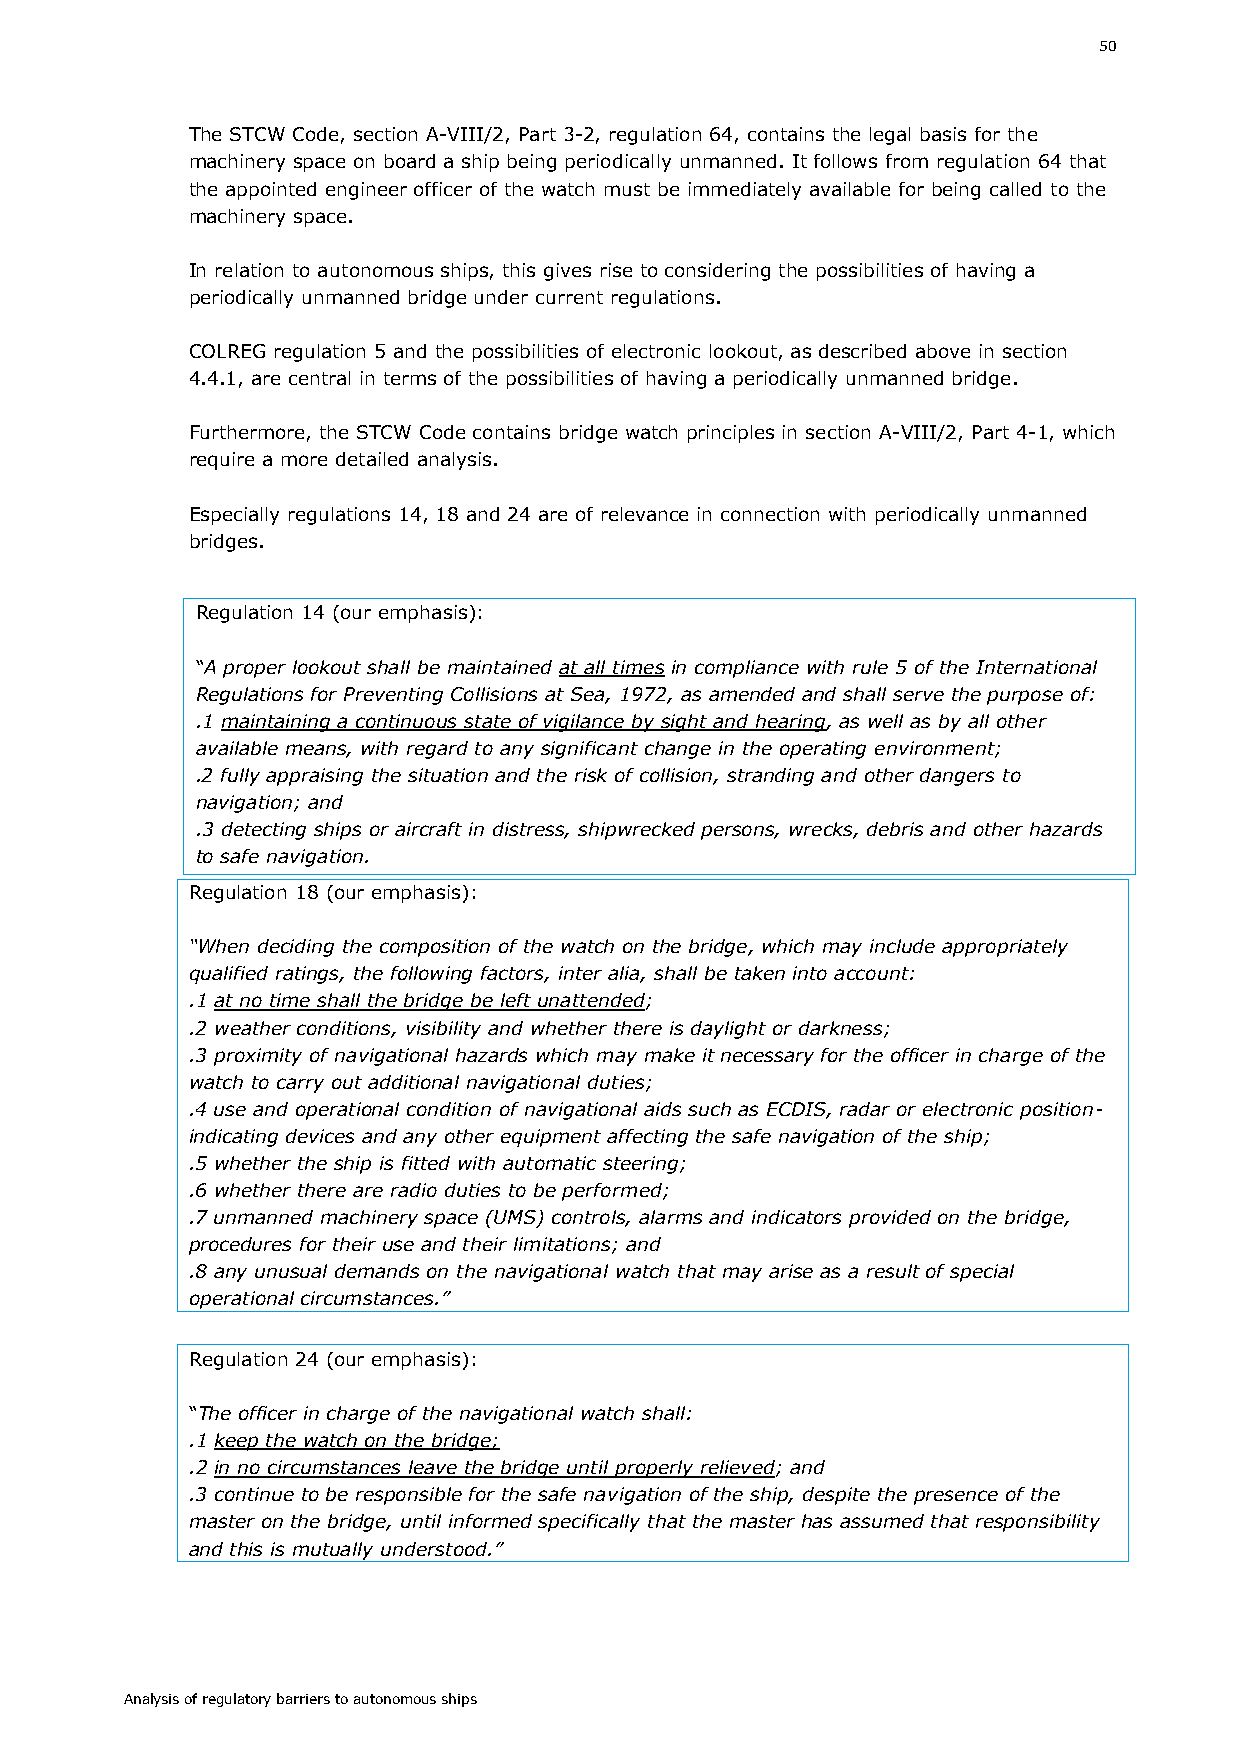
50
 The STCW Code, section A-VIII/2, Part 3-2, regulation 64, contains the legal basis for the
 machinery space on board a ship being periodically unmanned. It follows from regulation 64 that
 the appointed engineer officer of the watch must be immediately available for being called to the
 machinery space.
 In relation to autonomous ships, this gives rise to considering the possibilities of having a
 periodically unmanned bridge under current regulations.
 COLREG regulation 5 and the possibilities of electronic lookout, as described above in section
 4.4.1, are central in terms of the possibilities of having a periodically unmanned bridge.
 Furthermore, the STCW Code contains bridge watch principles in section A-VIII/2, Part 4-1, which
 require a more detailed analysis.
 Especially regulations 14, 18 and 24 are of relevance in connection with periodically unmanned
 bridges.
 Regulation 14 (our emphasis):
 “A proper lookout shall be maintained at all times in compliance with rule 5 of the International
 Regulations for Preventing Collisions at Sea, 1972, as amended and shall serve the purpose of:
 .1 maintaining a continuous state of vigilance by sight and hearing, as well as by all other
 available means, with regard to any significant change in the operating environment;
 .2 fully appraising the situation and the risk of collision, stranding and other dangers to
 navigation; and
 .3 detecting ships or aircraft in distress, shipwrecked persons, wrecks, debris and other hazards
 to safe navigation.
 Regulation 18 (our emphasis):
 “When deciding the composition of the watch on the bridge, which may include appropriately
 qualified ratings, the following factors, inter alia, shall be taken into account:
 .1 at no time shall the bridge be left unattended;
 .2 weather conditions, visibility and whether there is daylight or darkness;
 .3 proximity of navigational hazards which may make it necessary for the officer in charge of the
 watch to carry out additional navigational duties;
 .4 use and operational condition of navigational aids such as ECDIS, radar or electronic position-
 indicating devices and any other equipment affecting the safe navigation of the ship;
 .5 whether the ship is fitted with automatic steering;
 .6 whether there are radio duties to be performed;
 .7 unmanned machinery space (UMS) controls, alarms and indicators provided on the bridge,
 procedures for their use and their limitations; and
 .8 any unusual demands on the navigational watch that may arise as a result of special
 operational circumstances.”
 Regulation 24 (our emphasis):
 “The officer in charge of the navigational watch shall:
 .1 keep the watch on the bridge;
 .2 in no circumstances leave the bridge until properly relieved; and
 .3 continue to be responsible for the safe navigation of the ship, despite the presence of the
 master on the bridge, until informed specifically that the master has assumed that responsibility
 and this is mutually understood.”
 Analysis of regulatory barriers to autonomous ships